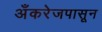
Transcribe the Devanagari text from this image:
अँकरेजपासून